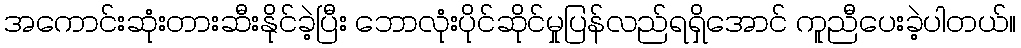
အကောင်းဆုံးတားဆီးနိုင်ခဲ့ပြီး ဘောလုံးပိုင်ဆိုင်မှုပြန်လည်ရရှိအောင် ကူညီပေးခဲ့ပါတယ်။